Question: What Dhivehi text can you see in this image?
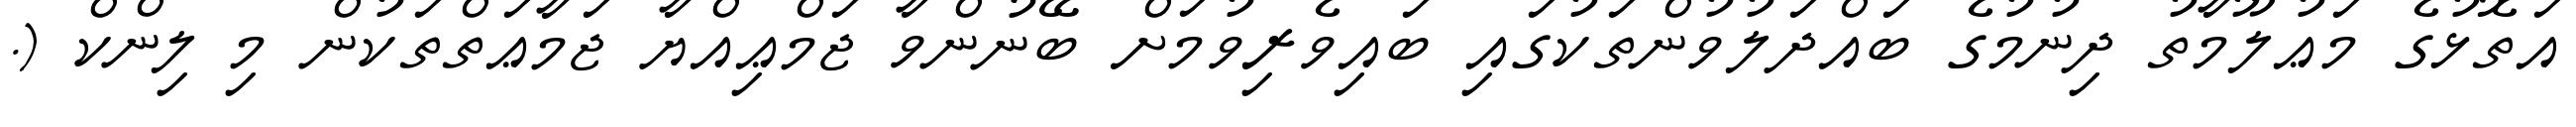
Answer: އަތޮޅުގެ މަޢުލޫމާތު ދިނުމުގެ ބައްދަލުވުންތަކުގައި ބައިވެރިވުމަށް ބޭނުންވާ ޖަމްޢިއްޔާ ޖަމާޢަތްތަކުން މި ލިންކް (.